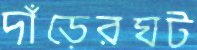
দাঁড়েরঘট